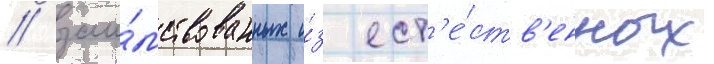
/ заи́мствованных и́з ест'е́ств'енных